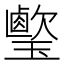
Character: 𤪎